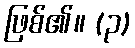
ဖြစ်၏။ (၃)